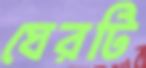
ঘেরটি